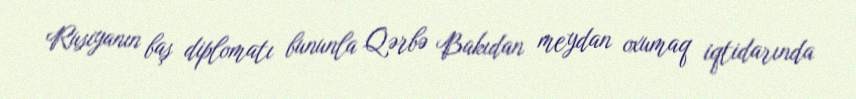
Rusiyanın baş diplomatı bununla Qərbə Bakıdan meydan oxumaq iqtidarında